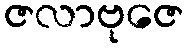
ဇလာဗုဇေ